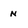
Character: n